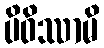
ပိဝိဿာမိ